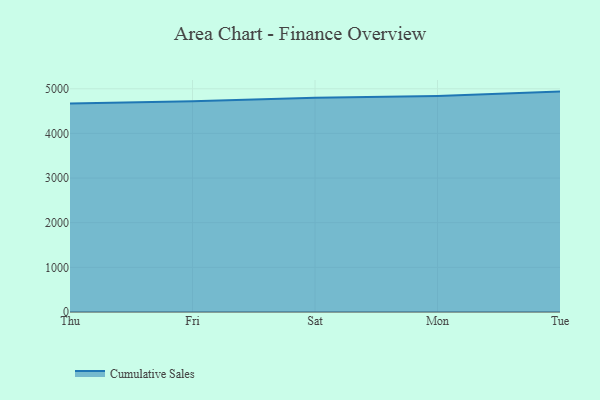
{"axis": {"x": "Day", "y": "Bounce Rate (%)"}, "legend": ["Cumulative Sales"], "data": [{"x": "Thu", "y": 4670.2, "type": "Cumulative Sales"}, {"x": "Fri", "y": 4719.3, "type": "Cumulative Sales"}, {"x": "Sat", "y": 4798.4, "type": "Cumulative Sales"}, {"x": "Mon", "y": 4839.8, "type": "Cumulative Sales"}, {"x": "Tue", "y": 4936.2, "type": "Cumulative Sales"}]}